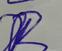
Signature authenticity: forged